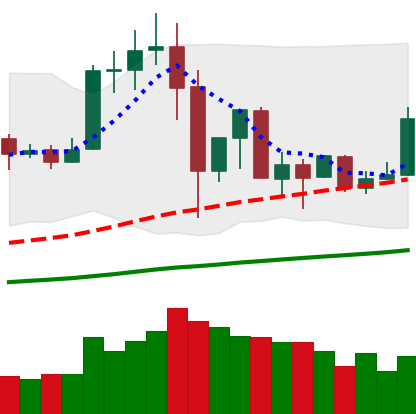
Ticker: TRX-USD
Chart end date: 2019-07-07
Forward return: -15.306%
Label: down_7plus